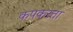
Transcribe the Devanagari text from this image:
कपकरता